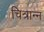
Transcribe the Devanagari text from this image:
चित्रान्न